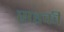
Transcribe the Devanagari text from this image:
सडकी